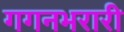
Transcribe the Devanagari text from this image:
गगनभरारी